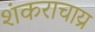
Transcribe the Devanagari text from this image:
शंकराचाय्र